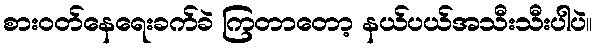
စားဝတ်နေရေးခက်ခဲ ကြတာတော့ နယ်ပယ်အသီးသီးပါပဲ။